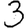
Digit: 3